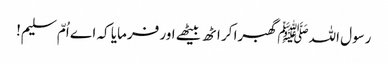
رسول اللہﷺ گھبرا کر اٹھ بیٹھے اور فرمایا کہ اے اُمّ سلیم!